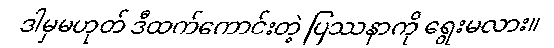
ဒါမှမဟုတ် ဒီထက်ကောင်းတဲ့ ပြဿနာကို ရွေးမလား။